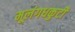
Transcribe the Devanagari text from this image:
मूलंगधकुटी